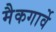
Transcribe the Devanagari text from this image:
मैकगार्वे